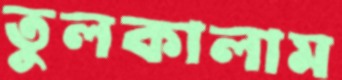
তুলকালাম